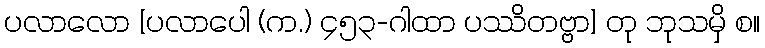
ပလာလော [ပလာပေါ (က.) ၄၅၃-ဂါထာ ပဿိတဗ္ဗာ] တု ဘုသမှိ စ။